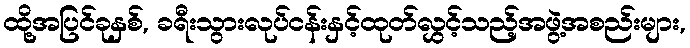
ထို့အပြင်ခုနှစ်, ခရီးသွားလုပ်ငန်းနှင့်ထုတ်လွှင့်သည့်အဖွဲ့အစည်းများ,